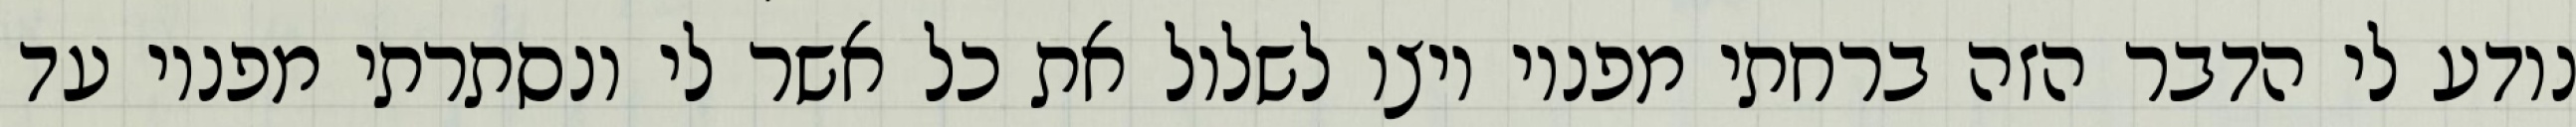
נודע לי הדבר הזה ברחתי מפניו ויצו לשלול את כל אשר לי ונסתרתי מפניו עד